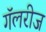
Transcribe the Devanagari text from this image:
गॅलरीज